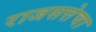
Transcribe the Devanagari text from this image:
राजसत्तेचा